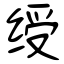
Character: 绶